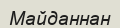
Майданнан